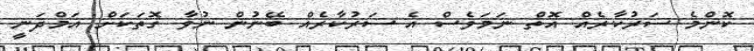
ކޮންމެ ސަރުކާރެއް އޮތް ނަމަވެސް އެ ސަރުކާރެއް ބޭނުން ނުވާ ގޮތަކަށް އަމްދަނީ